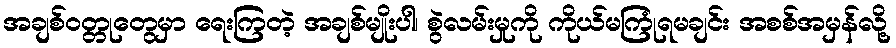
အချစ်ဝတ္တုတွေမှာ ရေးကြတဲ့ အချစ်မျိုးပါ၊ စွဲလမ်းမှုကို ကိုယ်မကြုံရမချင်း အစစ်အမှန်လို့